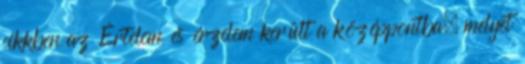
cikkben az Értelem és érzelem került a középpontba, melyet